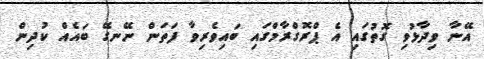
އޭނާ ވިދާޅުވި ގޮތުގައި އެ ޕްރޮގްރާމްގައި ބައިވެރިވާ ފަތަން ނޭނގޭ ބައެއް ކުދިން